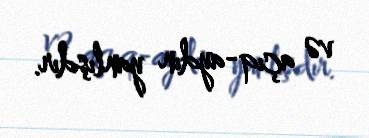
və açıq-aydın yanlışdır.